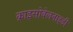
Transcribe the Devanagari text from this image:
क्राइसोवेलनाइडी